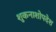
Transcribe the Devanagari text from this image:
शुकनाशोपदेश